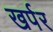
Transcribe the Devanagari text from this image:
खर्पर